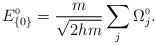
\begin{align*}E_{\{0\}}^{\scriptscriptstyle 0} = \frac{m}{\sqrt{2hm}}\sum_{j}\Omega_{j}^{\scriptscriptstyle 0}.\end{align*}